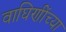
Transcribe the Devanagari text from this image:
वाघिणींच्या